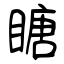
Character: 瞊